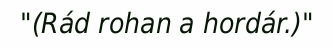
"(Rád rohan a hordár.)"